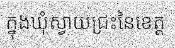
ក្នុងឃុំស្វាយជ្រះនៃខេត្ត